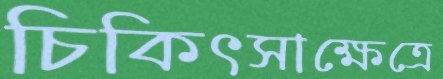
চিকিৎসাক্ষেত্রে